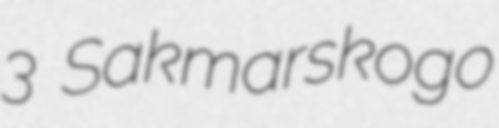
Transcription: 3 Sakmarskogo